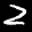
Label: 2